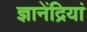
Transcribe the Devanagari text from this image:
ज्ञानेंद्रियां